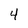
Character: 4